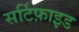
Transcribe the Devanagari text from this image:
सर्टिफ़ाइड